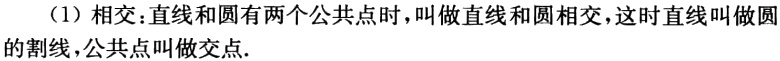
（1）相交：直线和圆有两个公共点时，叫做直线和圆相交，这时直线叫做圆的割线，公共点叫做交点.